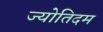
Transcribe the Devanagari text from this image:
ज्योतिदम